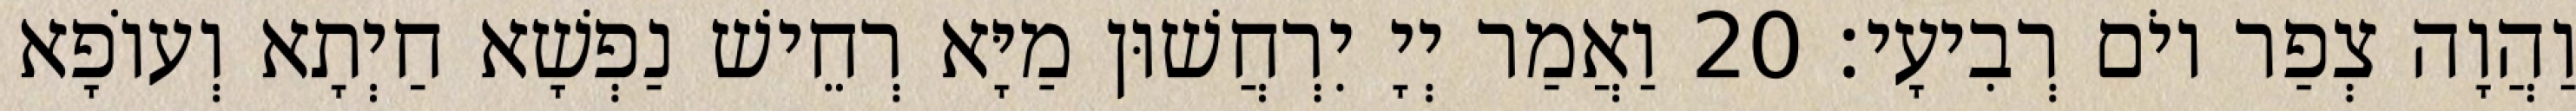
וַהֲוָה צְפַר יוֹם רְבִיעָי׃ 20 וַאֲמַר יְיָ יִרְחֲשׁוּן מַיָּא רְחֵישׁ נַפְשָׁא חַיְתָא וְעוֹפָא